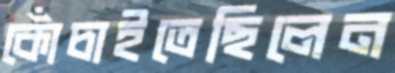
কোঁচাইতেছিলেন